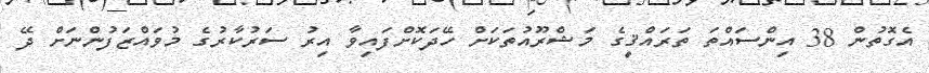
އެގޮތުން 38 އިންސައްތަ ތަރައްޤީގެ މަޝްރޫއުތަކަށް ހޭދަކޮށްފައިވާ އިރު ސަރުކާރުގެ މުވައްޒަފުންނަށް ދޭ